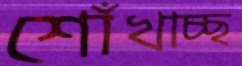
শোঁখাচ্ছ